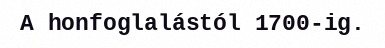
A honfoglalástól 1700-ig.